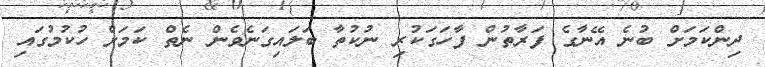
ދިންކަމަށް ބުނެ އޭނާގެ ފަރާތުން ފާހަގަކުރި ނުކުތާ ބަލައިގަނެވެން ނެތް ކަމަށް ހުކުމުގައި